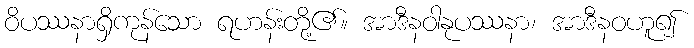
ဝိပဿနာရှိကုန်သော ရဟန်းတို့၏။ အာဒီနဝါနုပဿနာ၊ အာဒီနဝဟူ၍